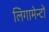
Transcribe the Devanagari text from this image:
लिगामेन्टों